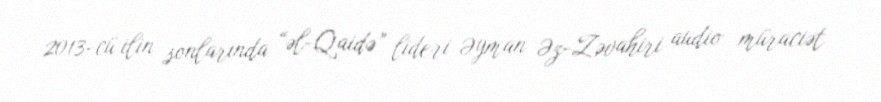
2013-cü ilin sonlarında “əl-Qaidə” lideri Əyman Əz-Zəvahiri audio müraciət